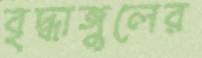
বৃদ্ধাঙ্গুলের